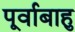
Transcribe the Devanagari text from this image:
पूर्वाबाहु